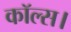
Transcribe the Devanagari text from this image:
कॉल्‍स।